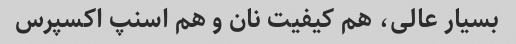
بسیار عالی، هم کیفیت نان و هم اسنپ اکسپرس